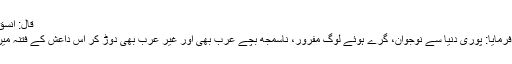
قَالَ: انْسَقْ لَهُمْ أَيْنَ سَاقُوکَ.
ایک اور مقام پر فرمایا: پوری دنیا سے نوجوان، گرے ہوئے لوگ مفرور، ناسمجھ بچے عرب بھی اور غیر عرب بھی دوڑ کر اس داعش کے فتنہ میں شامل ہوں گے۔